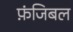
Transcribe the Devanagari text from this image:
फ़ंजिबल